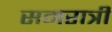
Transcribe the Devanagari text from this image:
समरात्री